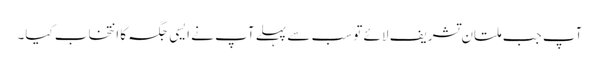
آپ جب ملتان تشریف لائے تو سب سے پہلے آپ نے ایسی جگہ کا انتخاب کیا۔